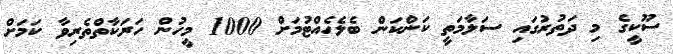
ސޫކީގެ މި ދަތުރުގައި ސަލާމަތީ ކަންކަން ބެލެހެއްޓުމަށް 1000 މީހުން ހަރަކާތްތެރިވާ ކަމަށް